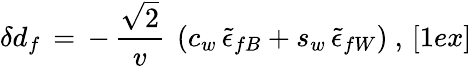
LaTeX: \delta d_{f}\, =\, -\, {\frac{\sqrt{2}}{v}}\ \left(c_{w}\, \tilde{\epsilon}_{fB}+s_{w}\, \tilde{\epsilon}_{fW}\right)\ ,\, [1ex]